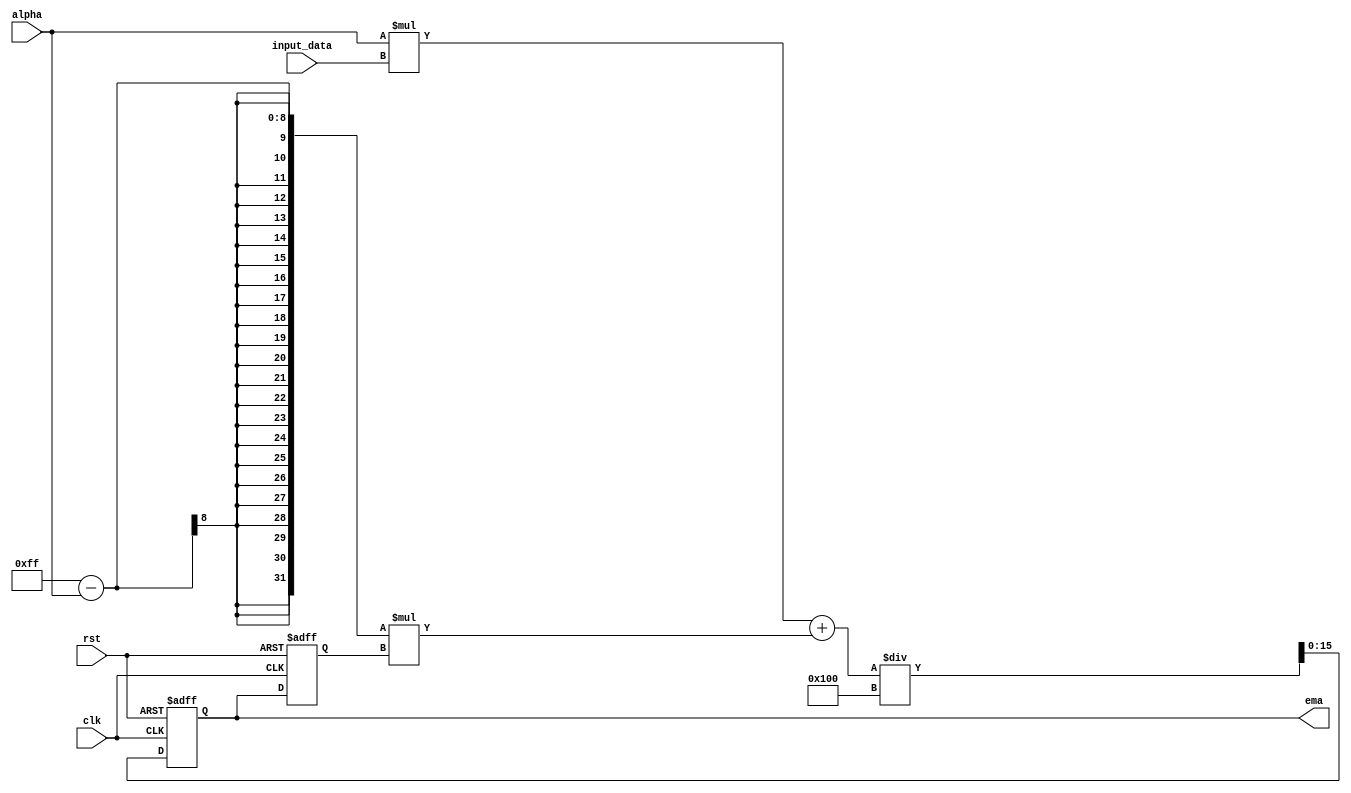
module ema_accumulator (
    input clk,
    input rst,
    input [15:0] input_data,
    input [7:0] alpha,
    output reg [15:0] ema
);

reg [15:0] ema_prev;

always @(posedge clk or posedge rst) begin
    if (rst) begin
        ema <= 0;
        ema_prev <= 0;
    end else begin
        ema_prev <= ema;
        ema <= ((alpha * input_data) + ((255 - alpha) * ema_prev)) / 256;
    end
end

endmodule